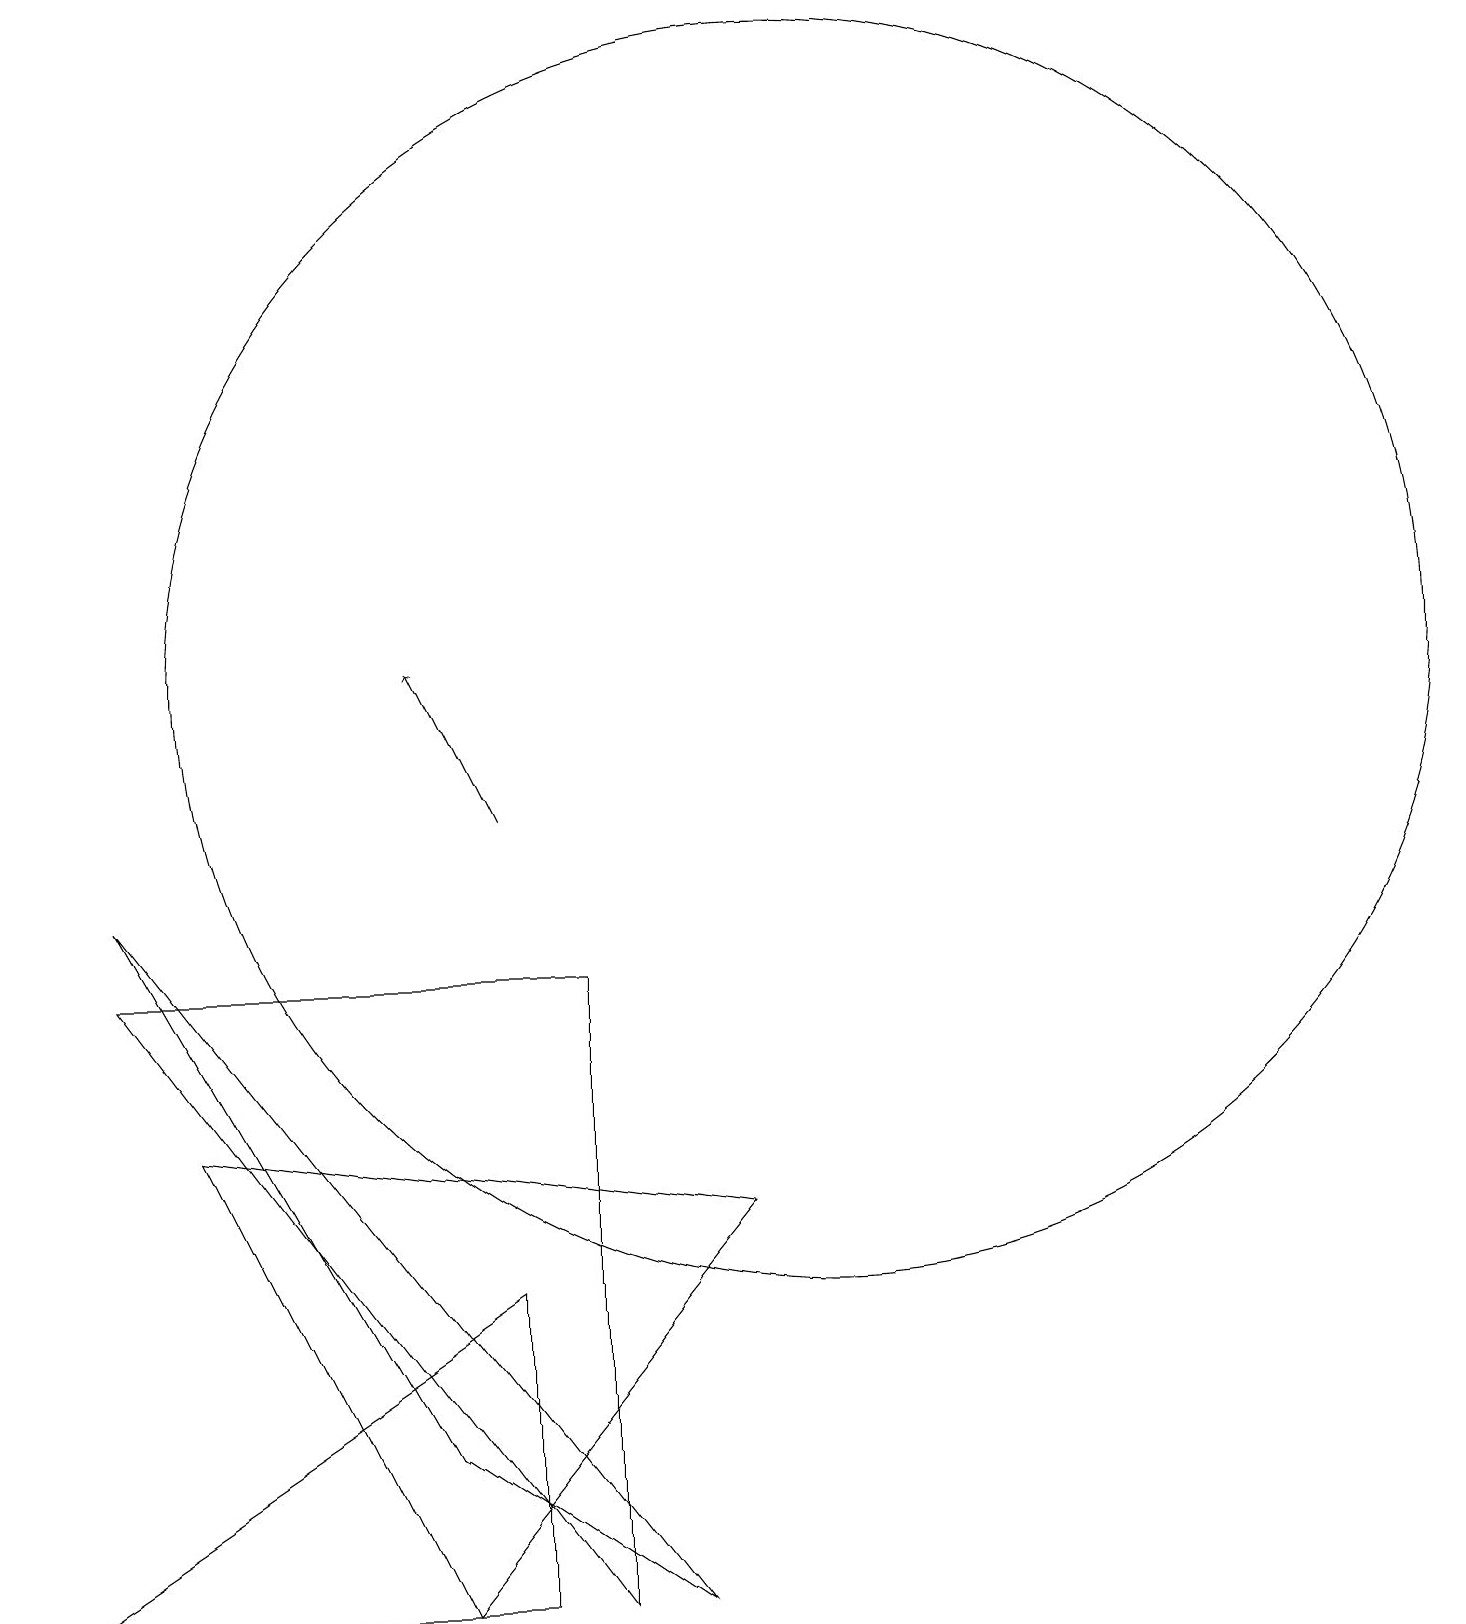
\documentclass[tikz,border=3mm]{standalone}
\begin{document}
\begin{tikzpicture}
\draw[->] (6,10) -- (5,12);
\draw (9,5) -- (5,0) -- (2,6) -- cycle;
\draw (6,4) -- (6,0) -- (0,0) -- cycle;
\draw (5,2) -- (8,0) -- (1,9) -- cycle;
\draw (7,0) -- (1,8) -- (7,8) -- cycle;
\draw (10,12) circle (8);
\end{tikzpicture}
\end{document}